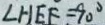
\angle H E F = 9 0 ^ { \circ }